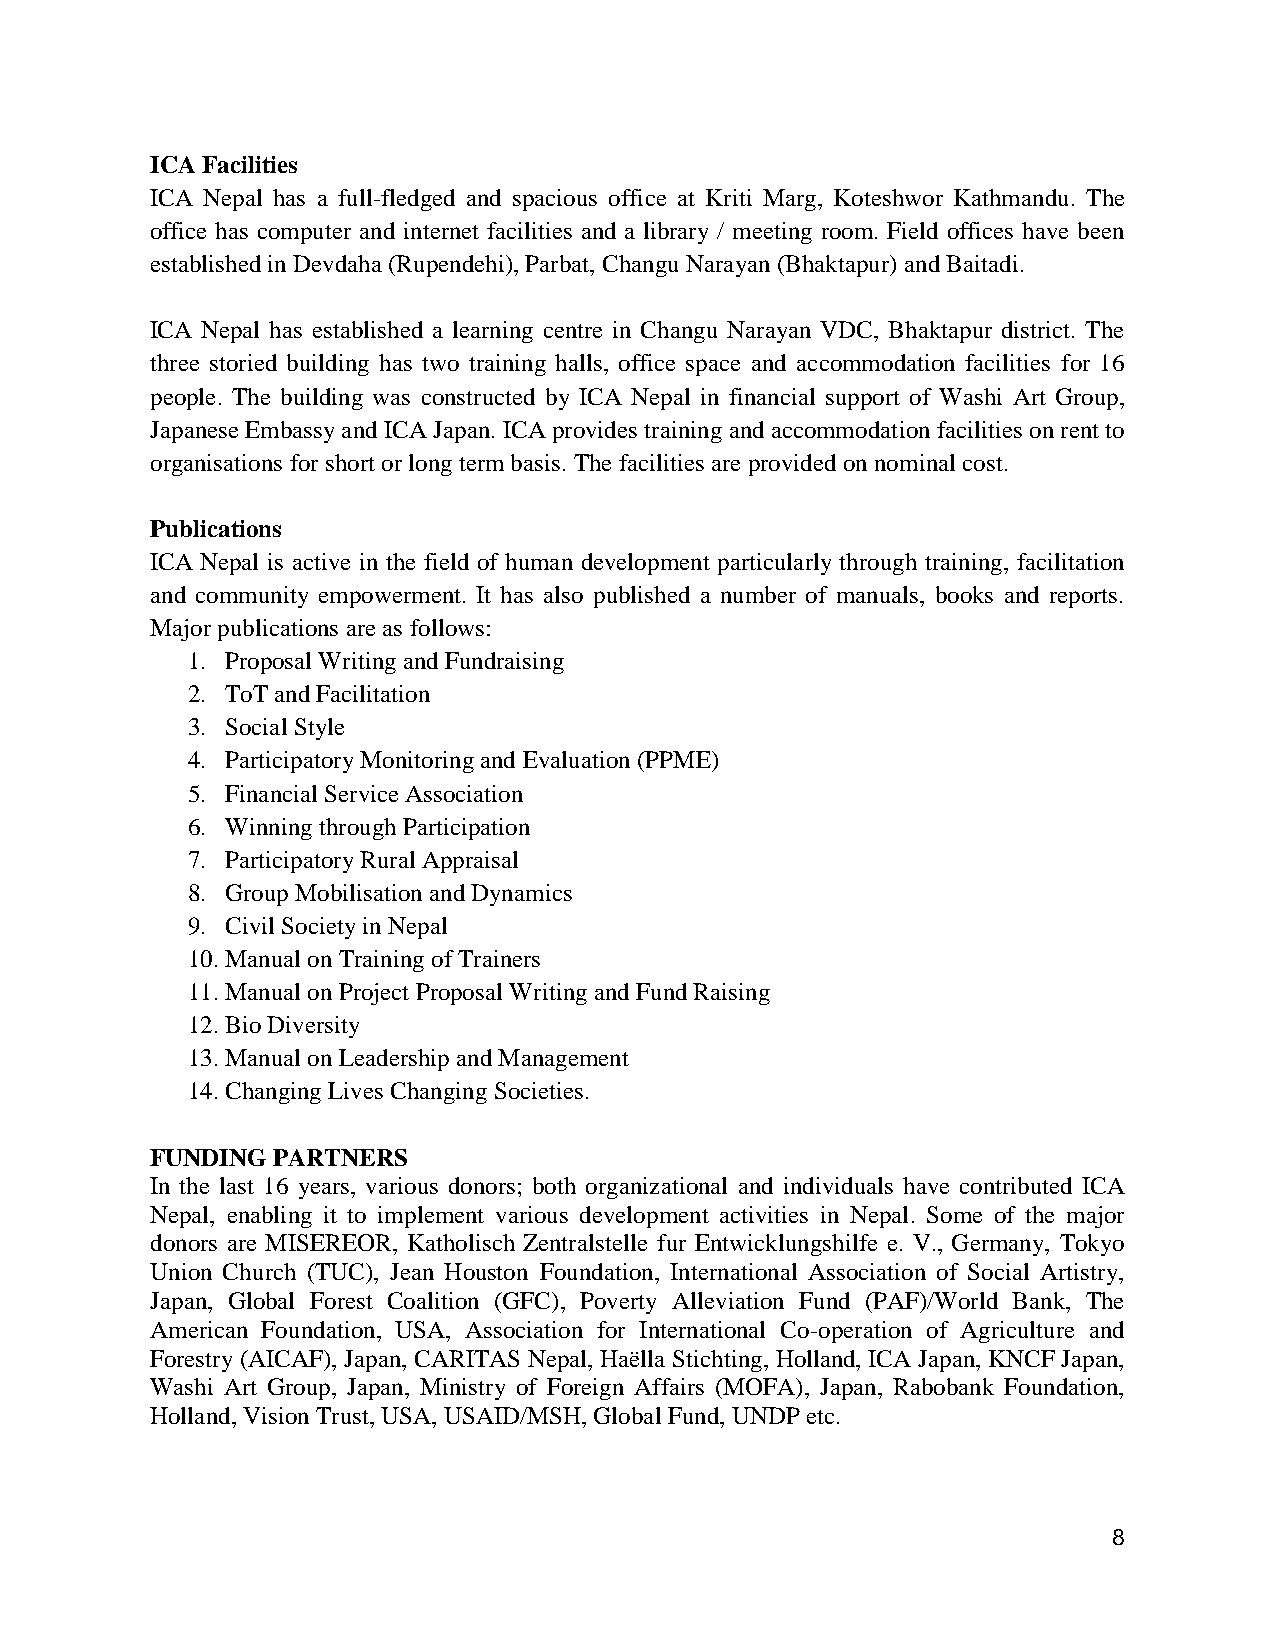
ICA Facilities
 ICA Nepal has a full-fledged and spacious office at Kriti Marg, Koteshwor Kathmandu. The
 office has computer and internet facilities and a library / meeting room. Field offices have been
 established in Devdaha (Rupendehi), Parbat, Changu Narayan (Bhaktapur) and Baitadi.
 ICA Nepal has established a learning centre in Changu Narayan VDC, Bhaktapur district. The
 three storied building has two training halls, office space and accommodation facilities for 16
 people. The building was constructed by ICA Nepal in financial support of Washi Art Group,
 Japanese Embassy and ICA Japan. ICA provides training and accommodation facilities on rent to
 organisations for short or long term basis. The facilities are provided on nominal cost.
 Publications
 ICA Nepal is active in the field of human development particularly through training, facilitation
 and community empowerment. It has also published a number of manuals, books and reports.
 Major publications are as follows:
 1. Proposal Writing and Fundraising
 2. ToT and Facilitation
 3. Social Style
 4. Participatory Monitoring and Evaluation (PPME)
 5. Financial Service Association
 6. Winning through Participation
 7. Participatory Rural Appraisal
 8. Group Mobilisation and Dynamics
 9. Civil Society in Nepal
 10. Manual on Training of Trainers
 11. Manual on Project Proposal Writing and Fund Raising
 12. Bio Diversity
 13. Manual on Leadership and Management
 14. Changing Lives Changing Societies.
 FUNDING PARTNERS
 In the last 16 years, various donors; both organizational and individuals have contributed ICA
 Nepal, enabling it to implement various development activities in Nepal. Some of the major
 donors are MISEREOR, Katholisch Zentralstelle fur Entwicklungshilfe e. V., Germany, Tokyo
 Union Church (TUC), Jean Houston Foundation, International Association of Social Artistry,
 Japan, Global Forest Coalition (GFC), Poverty Alleviation Fund (PAF)/World Bank, The
 American Foundation, USA, Association for International Co-operation of Agriculture and
 Forestry (AICAF), Japan, CARITAS Nepal, Haëlla Stichting, Holland, ICA Japan, KNCF Japan,
 Washi Art Group, Japan, Ministry of Foreign Affairs (MOFA), Japan, Rabobank Foundation,
 Holland, Vision Trust, USA, USAID/MSH, Global Fund, UNDP etc.
 8